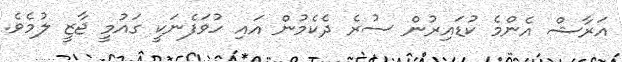
އަރާޝް އެންމެ ކުޑައިރުން ސުރެ ދެކެމުން އައި ހުވަފެނަކީ ގައުމީ ޖާޒީ ލުމެވެ.